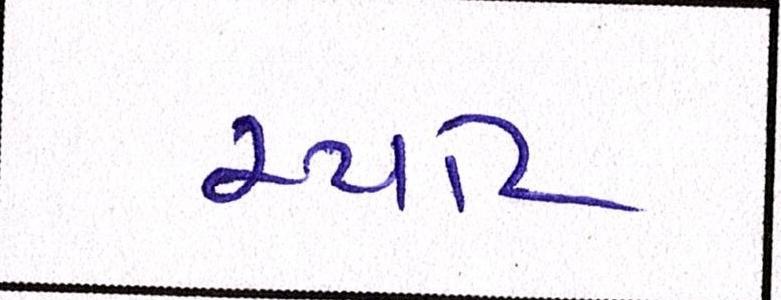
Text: સ્પોટ